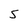
Character: 5